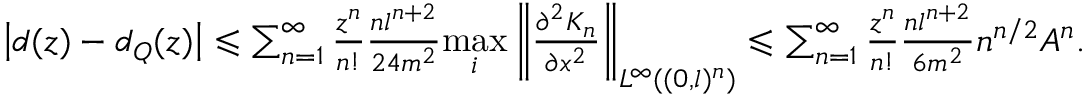
\begin{array} { r } { \left| d ( z ) - d _ { Q } ( z ) \right| \leqslant \sum _ { n = 1 } ^ { \infty } \frac { z ^ { n } } { n ! } \frac { n l ^ { n + 2 } } { 2 4 m ^ { 2 } } \underset { i } { \mathrm { m a x } } \left\| \frac { \partial ^ { 2 } K _ { n } } { \partial x ^ { 2 } } \right\| _ { L ^ { \infty } ( ( 0 , l ) ^ { n } ) } \leqslant \sum _ { n = 1 } ^ { \infty } \frac { z ^ { n } } { n ! } \frac { n l ^ { n + 2 } } { 6 m ^ { 2 } } n ^ { n / 2 } A ^ { n } . } \end{array}